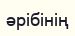
әрібінің